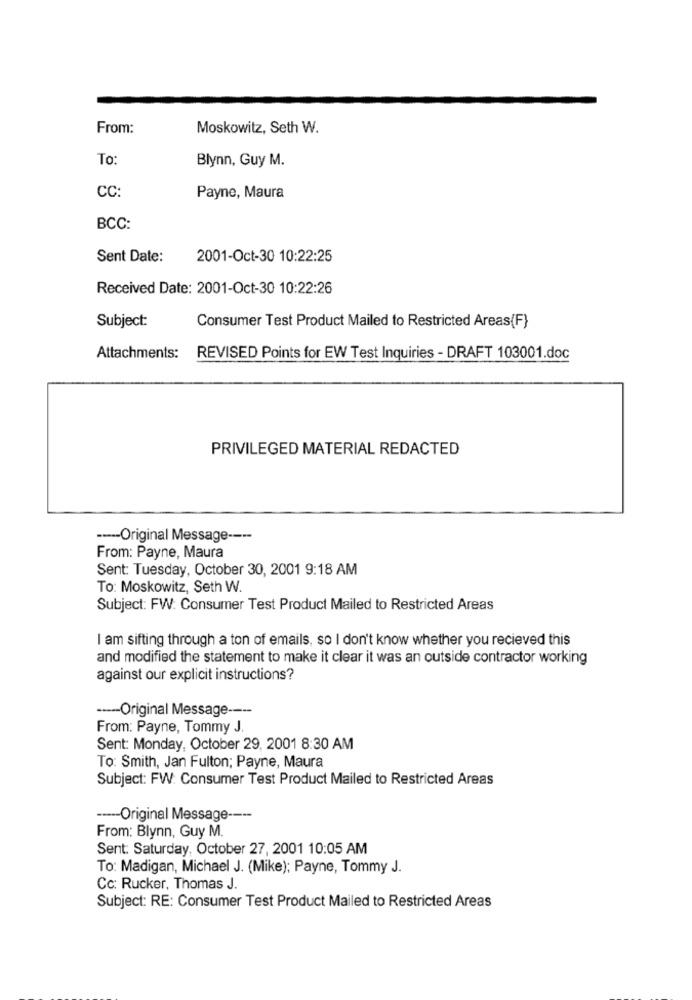
From:
Moskowitz, Seth W.
To:
Blynn, Guy M.
CC:
Payne, Maura
BCC:
Sent Date:
2001-Oct-30 10:22:25
Received Date: 2001-Oct-30 10:22:26
Subject:
Consumer Test Product Mailed to Restricted Areas(F}
Attachments:
REVISED Points for EW Test Inquiries - DRAFT 103001.doc
PRIVILEGED MATERIAL REDACTED
----- Original Message ----
From: Payne, Maura
Sent: Tuesday, October 30, 2001 9:18 AM
To: Moskowitz, Seth W.
Subject: FW: Consumer Test Product Mailed to Restricted Areas
I am sifting through a ton of emails, so I don't know whether you recieved this
and modified the statement to make it clear it was an outside contractor working
against our explicit instructions?
----- Original Message ----
From: Payne, Tommy J.
Sent: Monday, October 29, 2001 8:30 AM
To: Smith, Jan Fulton; Payne, Maura
Subject: FW: Consumer Test Product Mailed to Restricted Areas
----- Original Message ----
From: Blynn, Guy M.
Sent: Saturday, October 27, 2001 10:05 AM
To: Madigan, Michael J. (Mike); Payne, Tommy J.
Cc: Rucker, Thomas J.
Subject: RE: Consumer Test Product Mailed to Restricted Areas